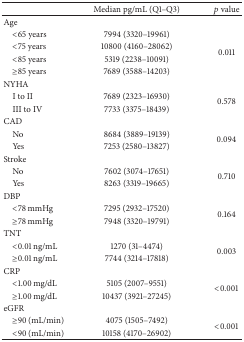
|  | Median pg/mL (Q1–Q3) | p value |
 | --- | --- | --- |
 | Age |  |  |
 | <65 years | 7994 (3320–19961) | <ROWSPAN=4> 0.011 |
 | <75 years | 10800 (4160–28062) |
 | <85 years | 5319 (2238–10091) |
 | ≥85 years | 7689 (3588–14203) |
 | NYHA |  |  |
 | I to II | 7689 (2323–16930) | <ROWSPAN=2> 0.578 |
 | III to IV | 7733 (3375–18439) |
 | CAD |  |  |
 | No | 8684 (3889–19139) | <ROWSPAN=2> 0.094 |
 | Yes | 7253 (2580–13827) |
 | Stroke |  |  |
 | No | 7602 (3074–17651) | <ROWSPAN=2> 0.710 |
 | Yes | 8263 (3319–19665) |
 | DBP |  |  |
 | <78 mmHg | 7295 (2932–17520) | <ROWSPAN=2> 0.164 |
 | ≥78 mmHg | 7948 (3320–19791) |
 | TNT |  |  |
 | <0.01 ng/mL | 1270 (31–4474) | <ROWSPAN=2> 0.003 |
 | ≥0.01 ng/mL | 7744 (3214–17818) |
 | CRP |  |  |
 | <1.00 mg/dL | 5105 (2007–9551) | <ROWSPAN=2> <0.001 |
 | ≥1.00 mg/dL | 10437 (3921–27245) |
 | eGFR |  |  |
 | ≥90 (mL/min) | 4075 (1505–7492) | <ROWSPAN=2> <0.001 |
 | <90 (mL/min) | 10158 (4170–26902) |